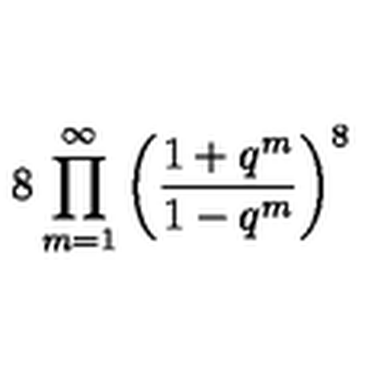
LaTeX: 8 \prod _ { m = 1 } ^ { \infty } \left( \frac { 1 + q ^ { m } } { 1 - q ^ { m } } \right) ^ { 8 }